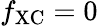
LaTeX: f_{\mathrm{XC}}=0